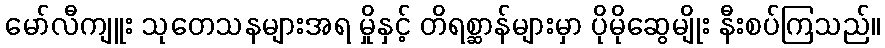
မော်လီကျူး သုတေသနများအရ မှိုနှင့် တိရစ္ဆာန်များမှာ ပိုမိုဆွေမျိုး နီးစပ်ကြသည်။